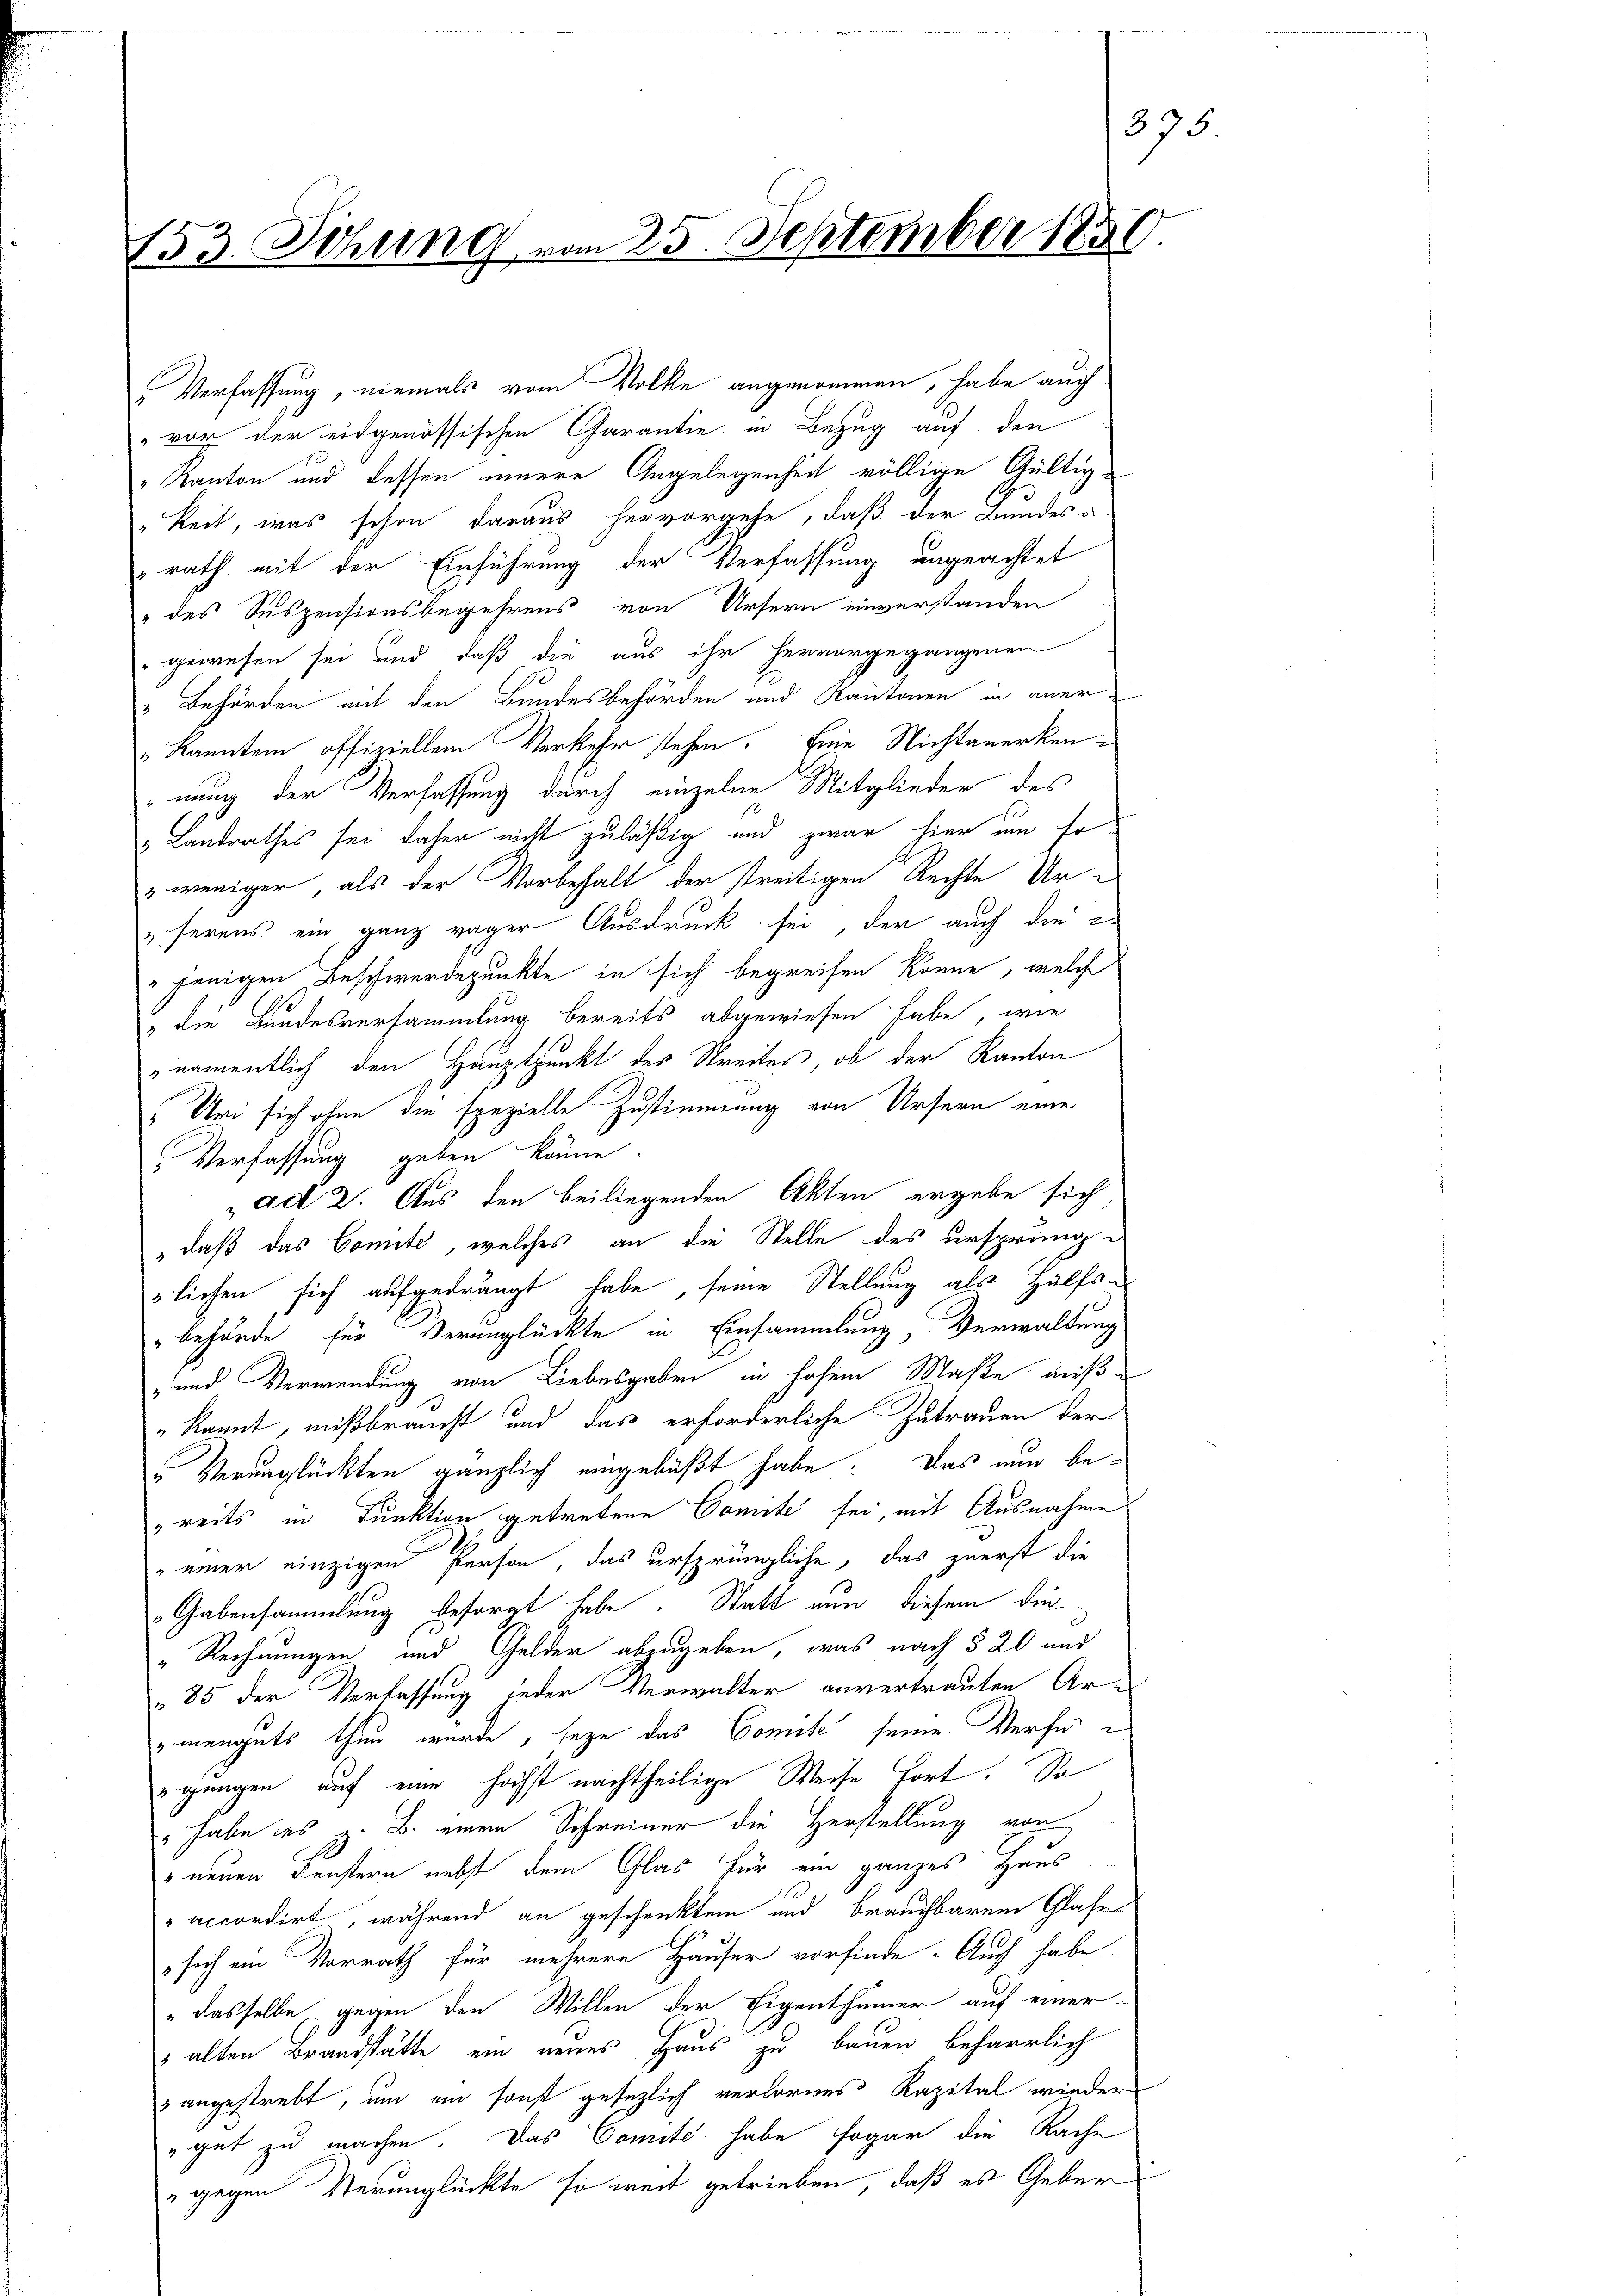
153. Sitzung vom 25. September 1850

" vor der eidgenössischen Carantie in Bezug auf den
Kanton und dessen innere Angelegenheit völlige Gültigkeit, was schon daraus hervorgehe, daß der Bundes-
rath mit der Einführung der Verfassung ungeachtet
" des Suspensionsbegehrens von Ursern einverstanden
 gewesen sei und daß die aus ihr hervorgegangenen
& Behörden mit den Bundesbehörden und Kantonen in aner¬
" kannten offiziellem Verkehr stehen. Eine Nichtanerkennung der Verfassung durch einzelne Mitglieder des
& Landrathes sei daher nicht zuläßig und zwar hier um so
" weniger, als der Vorbehalt der streitigen Rechte Ur-
ferens ein ganz wager Ausdruck sei, der auch die
" jenigen Beschwerdepunkte in sich begreifen könne, welche
& die Bundesversammlung bereits abgewiesen habe, wie
namentlich den Hauptpunkt des Streites, ob der Kanton
Uri sich ohne die spezielle Zustimmung von Ursern eine
Verfassung geben könne.
ad 2. Aus den beiliegenden Akten ergabe sich
„daß das Comite, welches an die Stelle des ursprüngliehen sich aufgedrängt habe, seine Stellung als Hülfsbehörde für Verunglückte in Einsammlung, Verwaltung
- und Verwendung von Liebesgaben in hohem Maße miß
„kannt, mißbraucht und das erforderliche Zutrauen der
u Verunglückten gänzlich eingelaßt habe. Das nun bereits in Funktion, getretene Comite sei, mit Ausnahme
" einer einzigen Person, das ursprüngliche, das zuerst die
Gabensammlung besorgt habe. Statt nun diesem die
„Rechnungen und Gelder abzugeben, was nach § 20 und
85 der Verlassung jeder Verwalter anvertrauten Armenguts thun wurde, seze das Comite seine Verfüegungen, auf eine höchst nachtheilige Weise fort. So
" habe des z. B. einem Schreiner die Herstellung von
 neuen Fenstern nebst dem Glas für ein ganzes Haus
accordirt, während an geschenktem und brauchbarem Glase
sich ein Vorrath für mehrere Hauser vorfinde. Auch habe
„dasselbe gegen den Willen der Eigenthümer auf einer
 alten Brandstätte ein neues Haus zu bauen beharrlich
" angestrebt, um ein sonst gesezlich verlorens Rapital wieder
gut zu machen. Das Comite habe sogar die Kache
" gegen Verunglückte so weit getrieben, daß es Geber

" Verfassung, niemals vom Volke angenommen, habe auch

375.